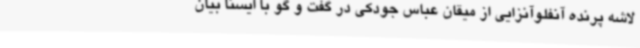
لاشه پرنده آنفلوآنزایی از میقان عباس جودکی در گفت و گو با ایسنا بیان